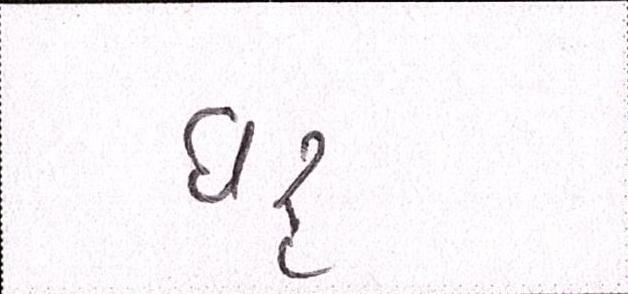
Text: દારૃ